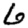
Digit: 6